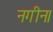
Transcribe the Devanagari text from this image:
नगीन।